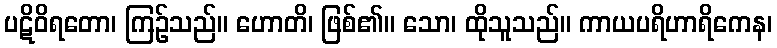
ပဋိဝိရတော၊ ကြဉ်သည်။ ဟောတိ၊ ဖြစ်၏။ သော၊ ထိုသူသည်။ ကာယပရိဟာရိကေန၊